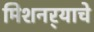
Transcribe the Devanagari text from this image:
मिशनर्‍याचे